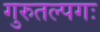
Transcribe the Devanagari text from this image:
गुरुतल्पगः